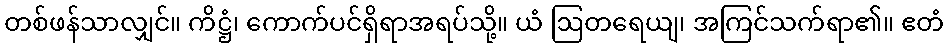
တစ်ဖန်သာလျှင်။ ကိဋ္ဌံ၊ ကောက်ပင်ရှိရာအရပ်သို့။ ယံ ဩတရေယျ၊ အကြင်သက်ရာ၏။ ဧတံ